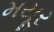
મયૂર